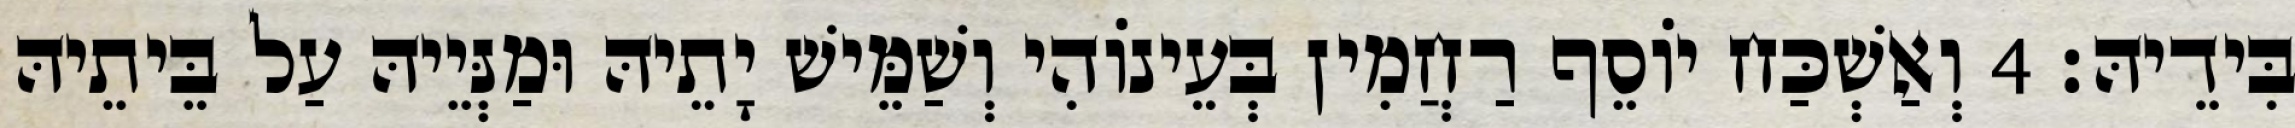
בִּידֵיהּ׃ 4 וְאַשְׁכַּח יוֹסֵף רַחֲמִין בְּעֵינוֹהִי וְשַׁמֵּישׁ יָתֵיהּ וּמַנְּיֵיהּ עַל בֵּיתֵיהּ